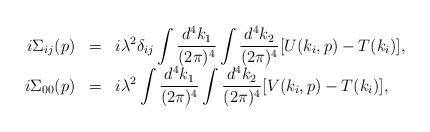
LaTeX: \begin{align*}\begin{array}{rcl}i\Sigma_{ij}(p)&=&\displaystyle i\lambda^2\delta_{ij}\int\frac{d^4k_1}{(2\pi)^4}\int\frac{d^4k_2}{(2\pi)^4}[U(k_i,p)-T(k_i)],\\i\Sigma_{00}(p)&=&\displaystyle i\lambda^2\int\frac{d^4k_1}{(2\pi)^4}\int\frac{d^4k_2}{(2\pi)^4}[V(k_i,p)-T(k_i)], \end{array}\end{align*}